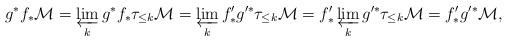
LaTeX: \begin{align*}g^* f_* \mathcal M = \varprojlim_k g^* f_* \tau_{\le k} \mathcal M = \varprojlim_k f'_* g'^* \tau_{\le k} \mathcal M = f'_* \varprojlim_k g'^* \tau_{\le k} \mathcal M = f'_* g'^* \mathcal M,\end{align*}